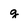
Character: g